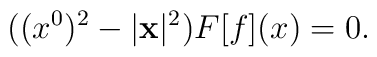
((x^{0})^{2} - |{\bf x}|^{2}) F[f](x) = 0.